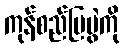
ကုန်စည်ပြပွဲကို